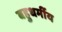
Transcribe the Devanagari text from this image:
बहुधर्मीय